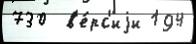
730  в'е́рс'иjи 194